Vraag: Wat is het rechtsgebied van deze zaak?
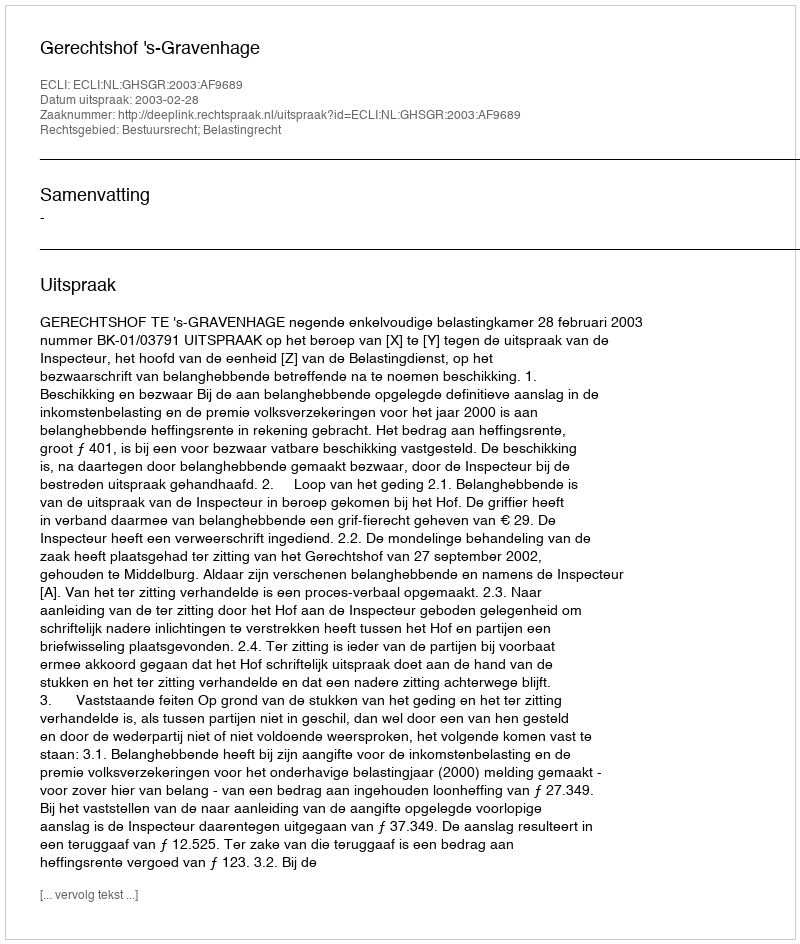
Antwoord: Bestuursrecht; Belastingrecht